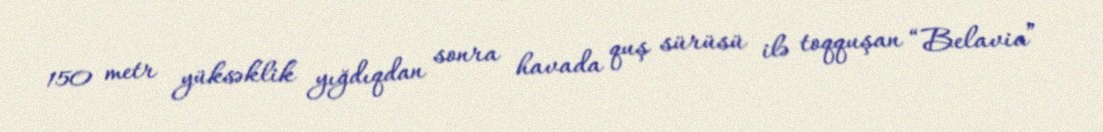
150 metr yüksəklik yığdıqdan sonra havada quş sürüsü ilə toqquşan “Belavia”